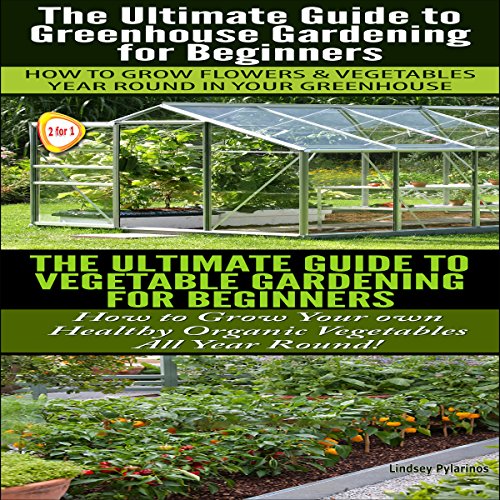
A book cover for Gardening Box Set #3: Greenhouse Gardening for Beginners & The Ultimate Guide to Vegetable Gardening for Beginners; Lindsey Pylarinos; Crafts, Hobbies & Home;